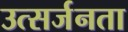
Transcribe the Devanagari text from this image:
उत्सर्जनता